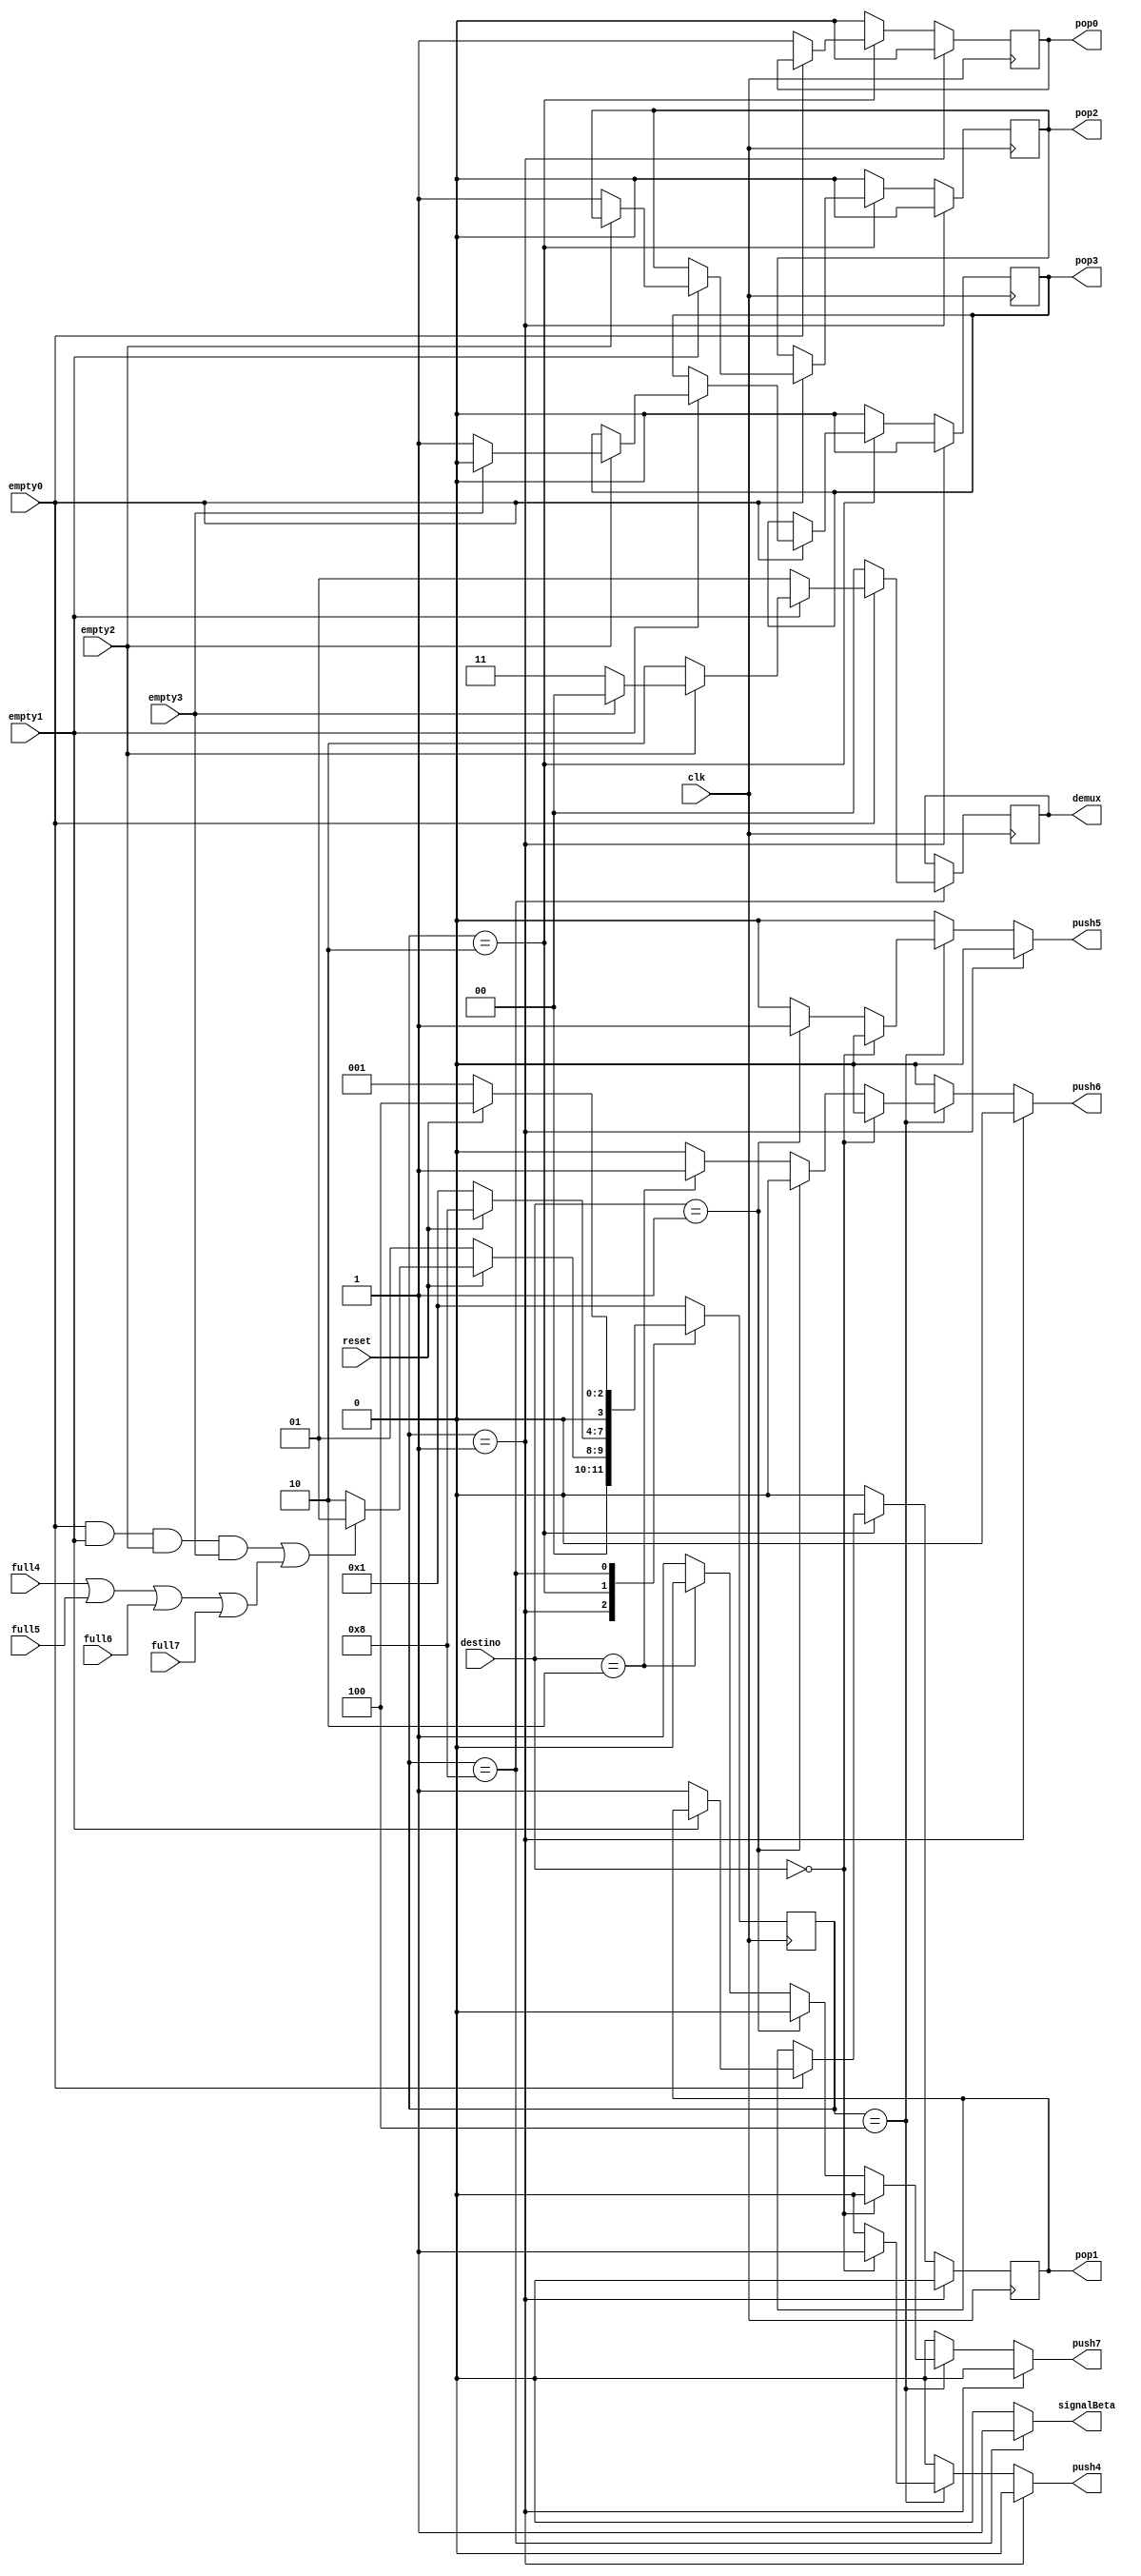
/* ARBITRO FINAL REALIZADO POR:
 * FREDDY ZUNIGA PARA EL PROYECTO 2 DE CIRCUITOS DIGITALES II
 * I SEMESTRE 2021 UNIVERSIDAD DE COSTA RICA */

module arbitro( output reg       pop0, pop1, pop2, pop3,
		output reg 	 push4, push5, push6, push7,
		output reg [1:0] demux,
		output reg 	 signalBeta,
		input wire 	 empty0, empty1, empty2, empty3,
		input wire 	 full4, full5, full6, full7,
		input wire [1:0] destino,
		input wire 	 reset, clk );

   parameter 			 WAIT = 4'b0001;
   parameter 			 POP = 4'b0010;
   parameter 			 PUSH = 4'b0100;
   parameter 			 TRAN = 4'b1000;
   
   reg [3:0] 			 state, next_state;
   wire 			 all_empty, any_full;
  
   
   
   assign all_empty = empty0 & empty1 & empty2 & empty3;
   assign any_full = full4 | full5 | full6 | full7;
   
   

   always @( posedge clk ) begin
      state <= next_state;
   end

   always @( * ) begin
      case( state )
	 WAIT:
	   if( !reset ) begin
	      next_state = WAIT;
	   end
	   else begin
	      if( all_empty || any_full ) begin
		 next_state = WAIT;
	      end
	      else begin
		 next_state = POP;
	      end
	   end // else: !if( !reset )
	 POP:
	   if( !reset ) begin
	      next_state = WAIT;
	   end
	   else begin
	      next_state = TRAN;
	   end
	 TRAN:
	   if( !reset ) begin
	      next_state = WAIT;
	   end
	   else begin
	      next_state = PUSH;
	   end	
	 PUSH:
	   next_state = WAIT;
	 default: 
	   next_state = WAIT;
      endcase // case ( state )
   end // always @ ( * )

   always @( posedge clk ) begin
      if( state == WAIT ) begin
	 pop0 <= 1'b0;
	 pop1 <= 1'b0;
	 pop2 <= 1'b0;
	 pop3 <= 1'b0;
	 //demux = 2'b00;
      end // if ( state == WAIT )
      else if( state == POP ) begin
	 if( !empty0 ) begin
	    pop0 <= 1'b1;
	    //demux = 2'b00;
	 end
	 else begin
	    if( !empty1 ) begin
	       pop1 <= 1'b1;
	       //demux = 2'b01;
	    end
	    else begin
	       if( !empty2 ) begin
		  pop2 <= 1'b1;
		  //demux = 2'b10;
	       end
	       else begin
		  if( !empty3 ) begin
		     pop3 <= 1'b1;
		     //demux = 2'b11;
		  end
		  else begin
		     pop3 <= 1'b0;
		     //demux = 2'b00;
		  end
	       end // else: !if( !empty2 )
	    end // else: !if( !empty1 )
	 end // else: !if( !empty0 )
      end // if ( state == POP )
      else begin
	 //demux = demux;
	 pop0 <= 1'b0;
	 pop1 <= 1'b0;
	 pop2 <= 1'b0;
	 pop3 <= 1'b0;
      end
	 
   end // always @ ( * )


   wire [3:0] emptyx;
   assign emptyx = {empty3,empty2,empty1,empty0};
   
   always @( posedge clk ) begin
      if( state == TRAN ) begin
	 if( !empty0 ) begin
	    demux <= 2'b00;
	 end
	 else begin
	    if( !empty1 ) begin
	       demux <= 2'b01;
	    end
	    else begin
	       if( !empty2 ) begin
		  demux <= 2'b10;
	       end
	       else begin
		  if( !empty3 ) begin
		     demux <= 2'b11;
		  end
		  else begin
		     demux <= 2'b00;
		  end
	       end // else: !if( !empty2 )
	    end // else: !if( !empty1 )
	 end // else: !if( !empty0 )
      end
      else begin
	 demux <= demux;
      end
   end
   
      

   /*
   always @( * ) begin: DEMUX0_LOGIC
      if( !reset ) begin
	 demux <= 2'b00;
      end
      else begin
	 if( !empty0 ) begin
	    demux <= 2'b00;
	 end
	 else begin
	    if( !empty1 ) begin
	       demux <= 2'b01;
	    end
	    else begin
	       if( !empty2 ) begin
		  demux <= 2'b10;
	       end
	       else begin
		  if( !empty3 ) begin
		     demux <= 2'b11;
		  end
		  else begin
		     demux <= 2'b00;
		  end
	       end // else: !if( !empty2 )
	    end // else: !if( !empty1 )
	 end // else: !if( !empty0 )
      end // else: !if( !reset )
   end // block: DEMUX0_LOGIC
   
	*/       
   always @( * ) begin
      if( state == WAIT ) begin //// wait = 1
 	 push4 = 1'b0;
	 push5 = 1'b0;
	 push6 = 1'b0;
	 push7 = 1'b0;
      end
      else if( state == PUSH ) begin /// push = 4
	 if( destino == 2'b00 ) begin
	    push4 = 1'b1;
	    push5 = 1'b0;
	    push6 = 1'b0;
	    push7 = 1'b0;
	 end
	 else if( destino == 2'b01 ) begin
	    push4 = 1'b0;
	    push5 = 1'b1;
	    push6 = 1'b0;
	    push7 = 1'b0;
	 end
	 else if( destino == 2'b10 ) begin
	    push4 = 1'b0;
	    push5 = 1'b0;
	    push6 = 1'b1;
	    push7 = 1'b0;
	 end
	 else begin
	    push4 = 1'b0;
	    push5 = 1'b0;
	    push6 = 1'b0;
	    push7 = 1'b1;
	 end // else: !if( destino == 2'b10 )
      end // if ( state == PUSH )
      else begin
	 push4 = 1'b0;
	 push5 = 1'b0;
	 push6 = 1'b0;
	 push7 = 1'b0;
      end // else: !if( state == PUSH )
   end // 	   

   //reg signalBeta;

   always @( * ) begin
      if( state == TRAN ) begin
	 signalBeta = 1'b1;
      end
      else begin
	 signalBeta = 1'b0;
      end
   end
   
	 
	     
endmodule // arbitro